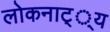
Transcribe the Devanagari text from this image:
लोकनाट््य